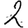
Digit: 2